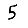
Digit: 5